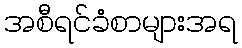
အစီရင်ခံစာများအရ